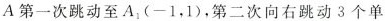
A第一次跳动至A_{1}(-1，1)，第二次向右跳动3个单